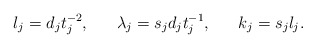
\begin{align*}l_j = d_j t^{-2}_j, \ \ \ \ \ \lambda_j=s_j d_j t^{-1}_j, \ \ \ \ \ k_j = s_j l_j.\end{align*}